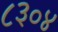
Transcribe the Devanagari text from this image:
८३०४